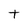
Character: t